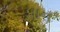
ધાન